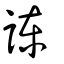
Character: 諌